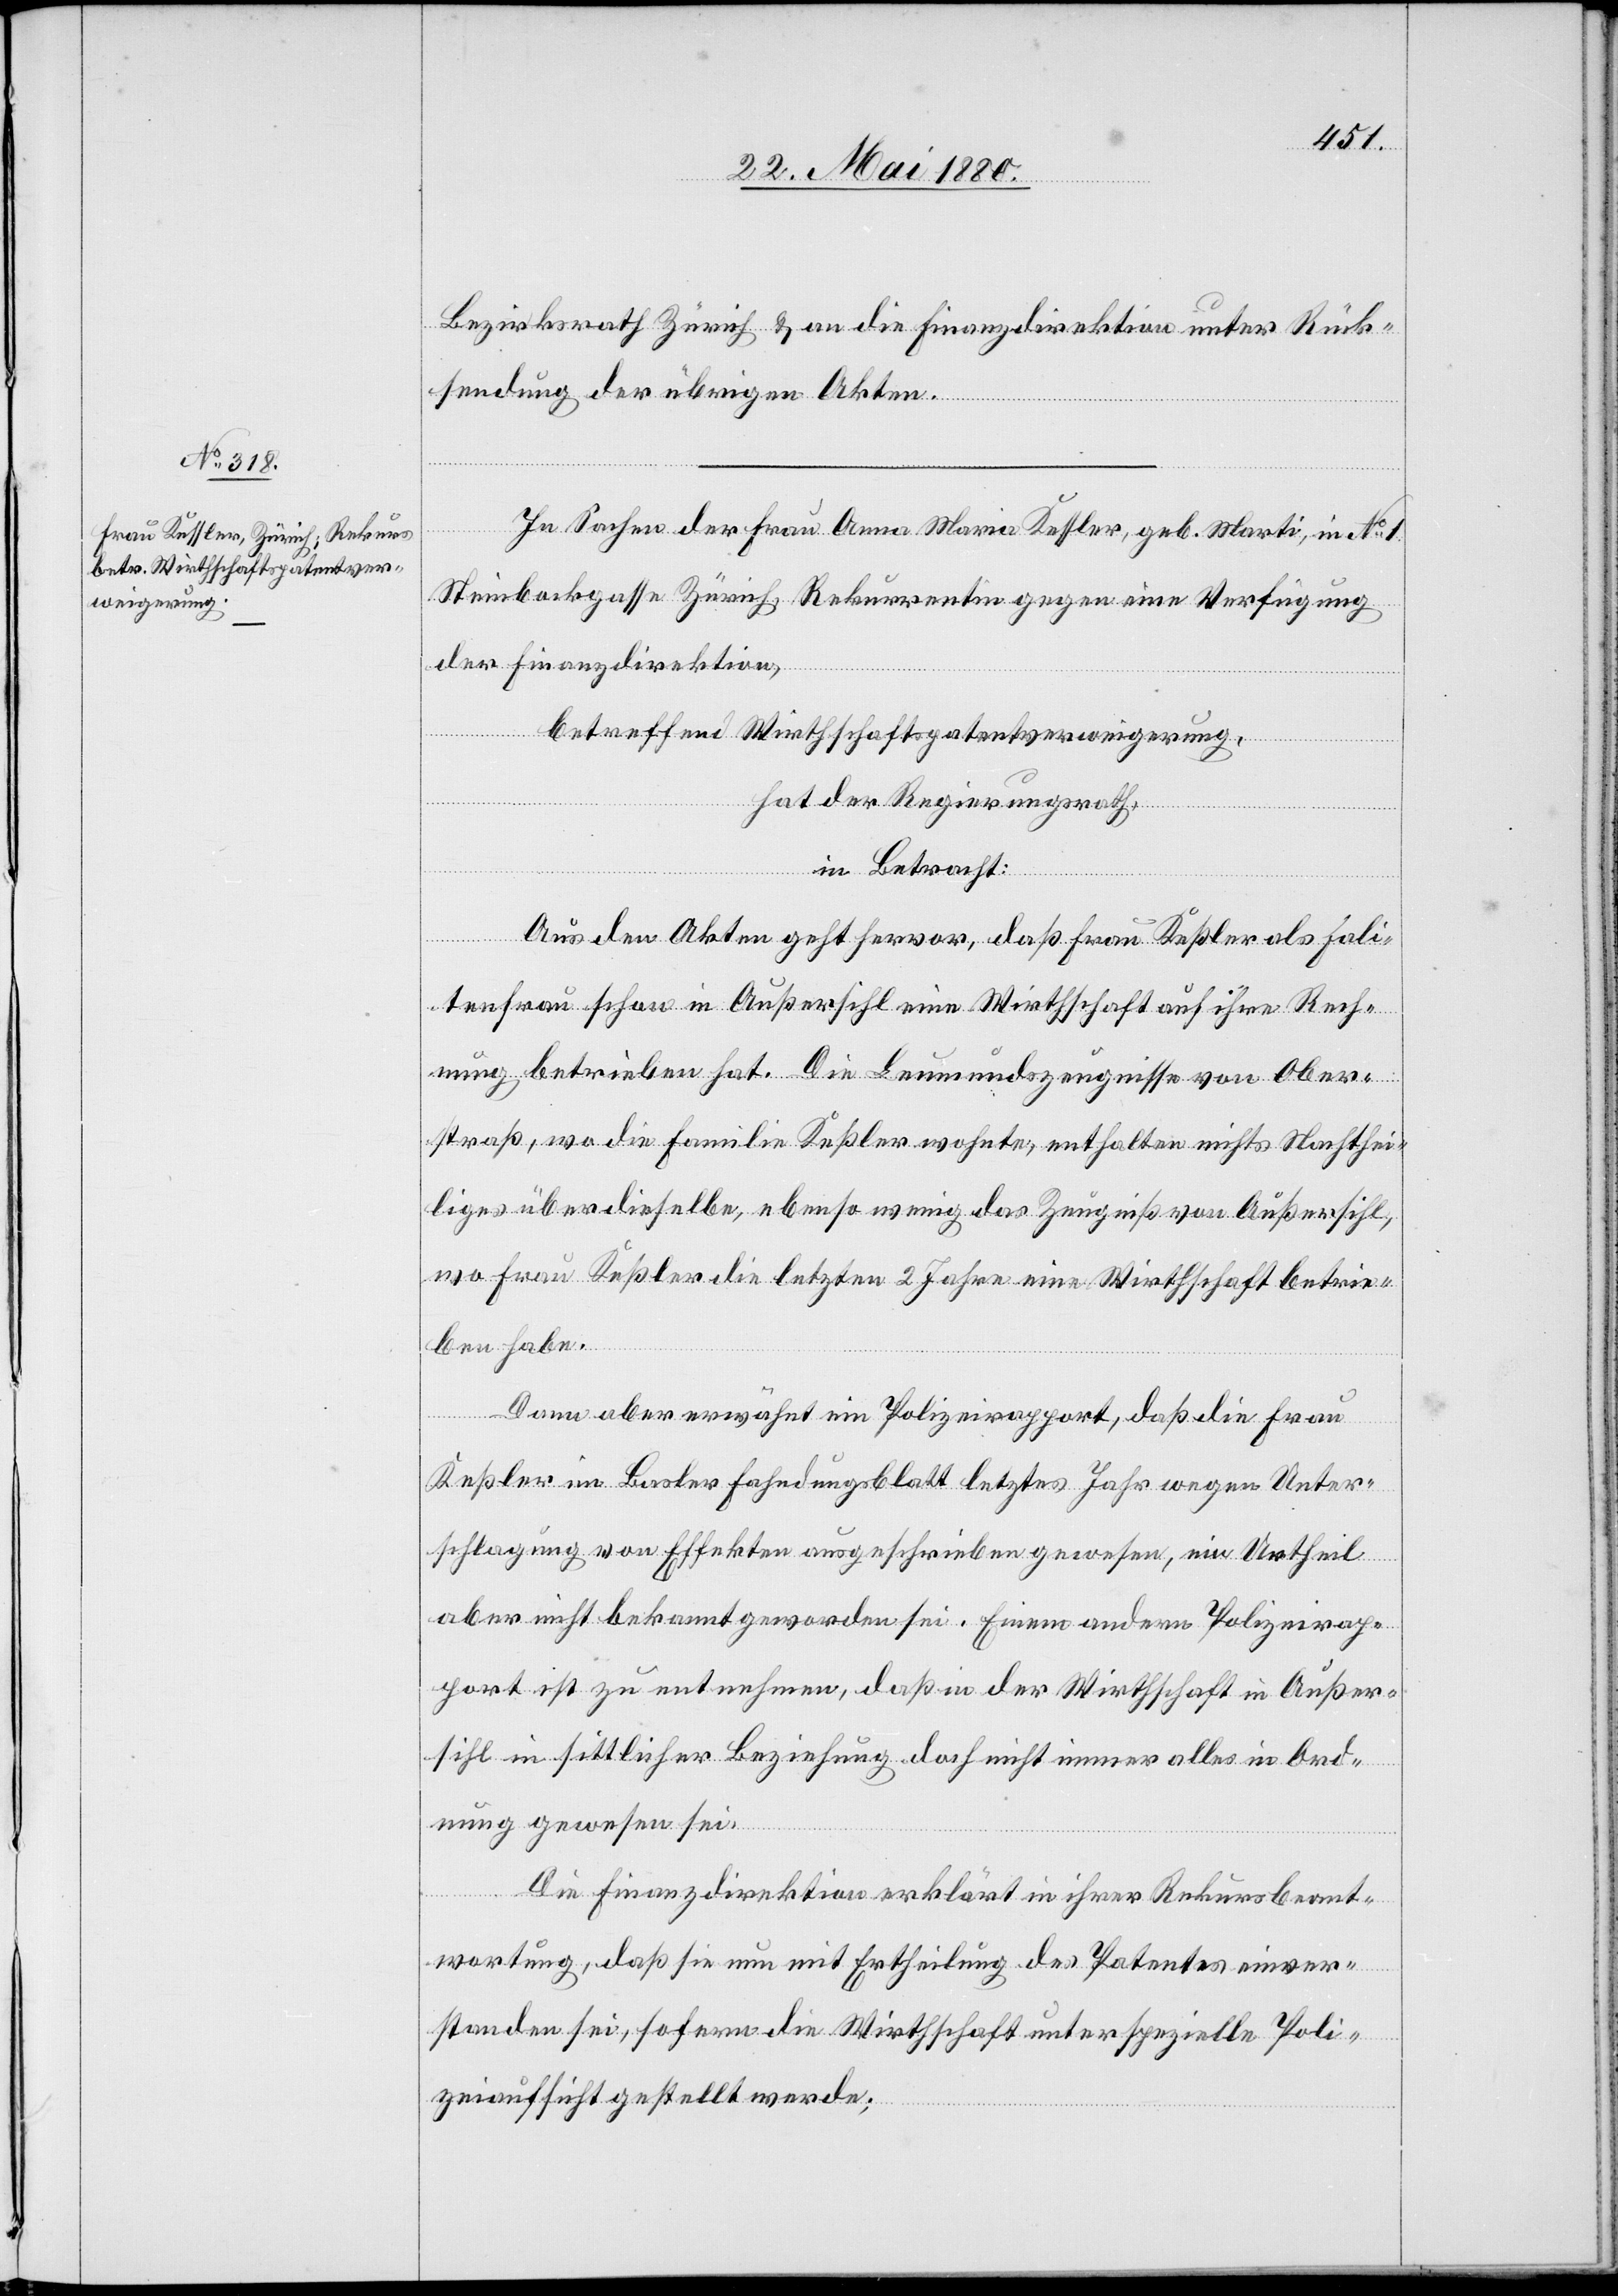
Bezirksrath Zürich & an die Finanzdirektion unter Rück¬
sendung der übrigen Akten.
In Sachen der Frau Anna Maria Kessler, geb. Marti, in No 1
Steinbackgasse Zürich, Rekurrenten gegen eine Verfügung
der Finanzdirektion,
betreffend Wirthschaftspatentverweigerung,
hat der Regierungsrath,
in Betracht:
Aus den Akten geht hervor, daß Frau Keßler [sic!] als Fali¬
tenfrau schon in Außersihl eine Wirthschaft auf ihre Rech¬
nung betrieben hat. Die Leumundszeugnisse von Ober¬
straß, wo die Familie Keßler wohnte, enthalten nichts Nachthei¬
liges über dieselbe, ebenso wenig das Zeugniß von Außersihl,
wo Frau Keßler die letzten 2 Jahre eine Wirthschaft betrie¬
ben habe.
Dann aber erwähnt ein Polizeirapport, daß die Frau
Keßler im Basler Fahndungsblatt letztes Jahr wegen Unter¬
schlagung von Effekten ausgeschrieben gewesen, ein Urtheil
aber nicht bekannt geworden sei. Einem andern Polizeirap¬
port ist zu entnehmen, daß in der Wirthschaft in Außer¬
sihl in sittlicher Beziehung doch nicht immer alles in Ord¬
nung gewesen sei.
Die Finanzdirektion erklärt in ihrer Rekursbeant¬
wortung, daß sie nun mit Ertheilung des Patentes einver¬
standen sei, sofern die Wirthschaft unter spezielle Poli¬
zeiaufsicht gestellt werde;